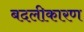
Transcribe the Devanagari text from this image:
बदलीकारण